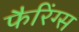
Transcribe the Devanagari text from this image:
फैरिंग्स